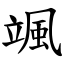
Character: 颯